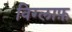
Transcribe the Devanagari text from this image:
विग्लाफ़